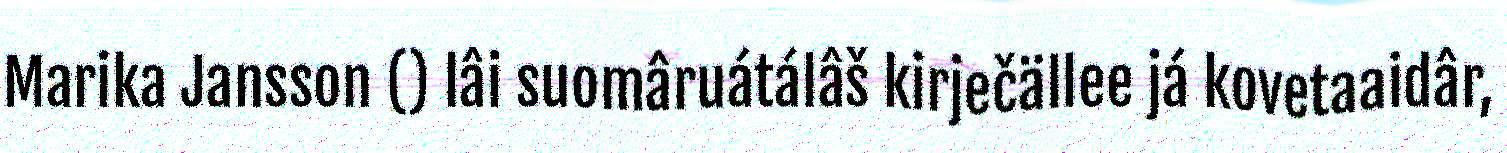
Marika Jansson () lâi suomâruátálâš kirječällee já kovetaaidâr,